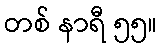
တစ် နာရီ ၅၅။